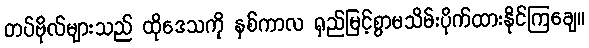
တပ်ဗိုလ်များသည် ထိုဒေသကို နှစ်ကာလ ရှည်မြင့်စွာမသိမ်းပိုက်ထားနိုင်ကြချေ။